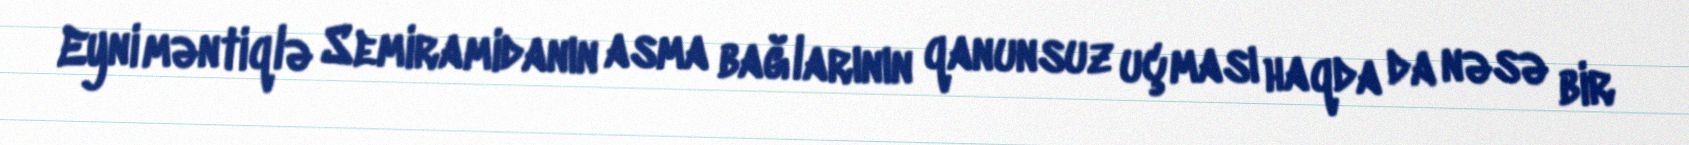
Eyni məntiqlə Semiramidanın asma bağlarının qanunsuz uçması haqda da nəsə bir